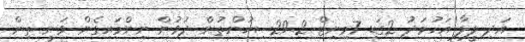
އަދި ލީލާ އަހުމަދު 2ގަޑި 7މިނިޓް 29.2ސިކުންތުން ދުވުން ނިންމައިގެން ވަނީ ތިން